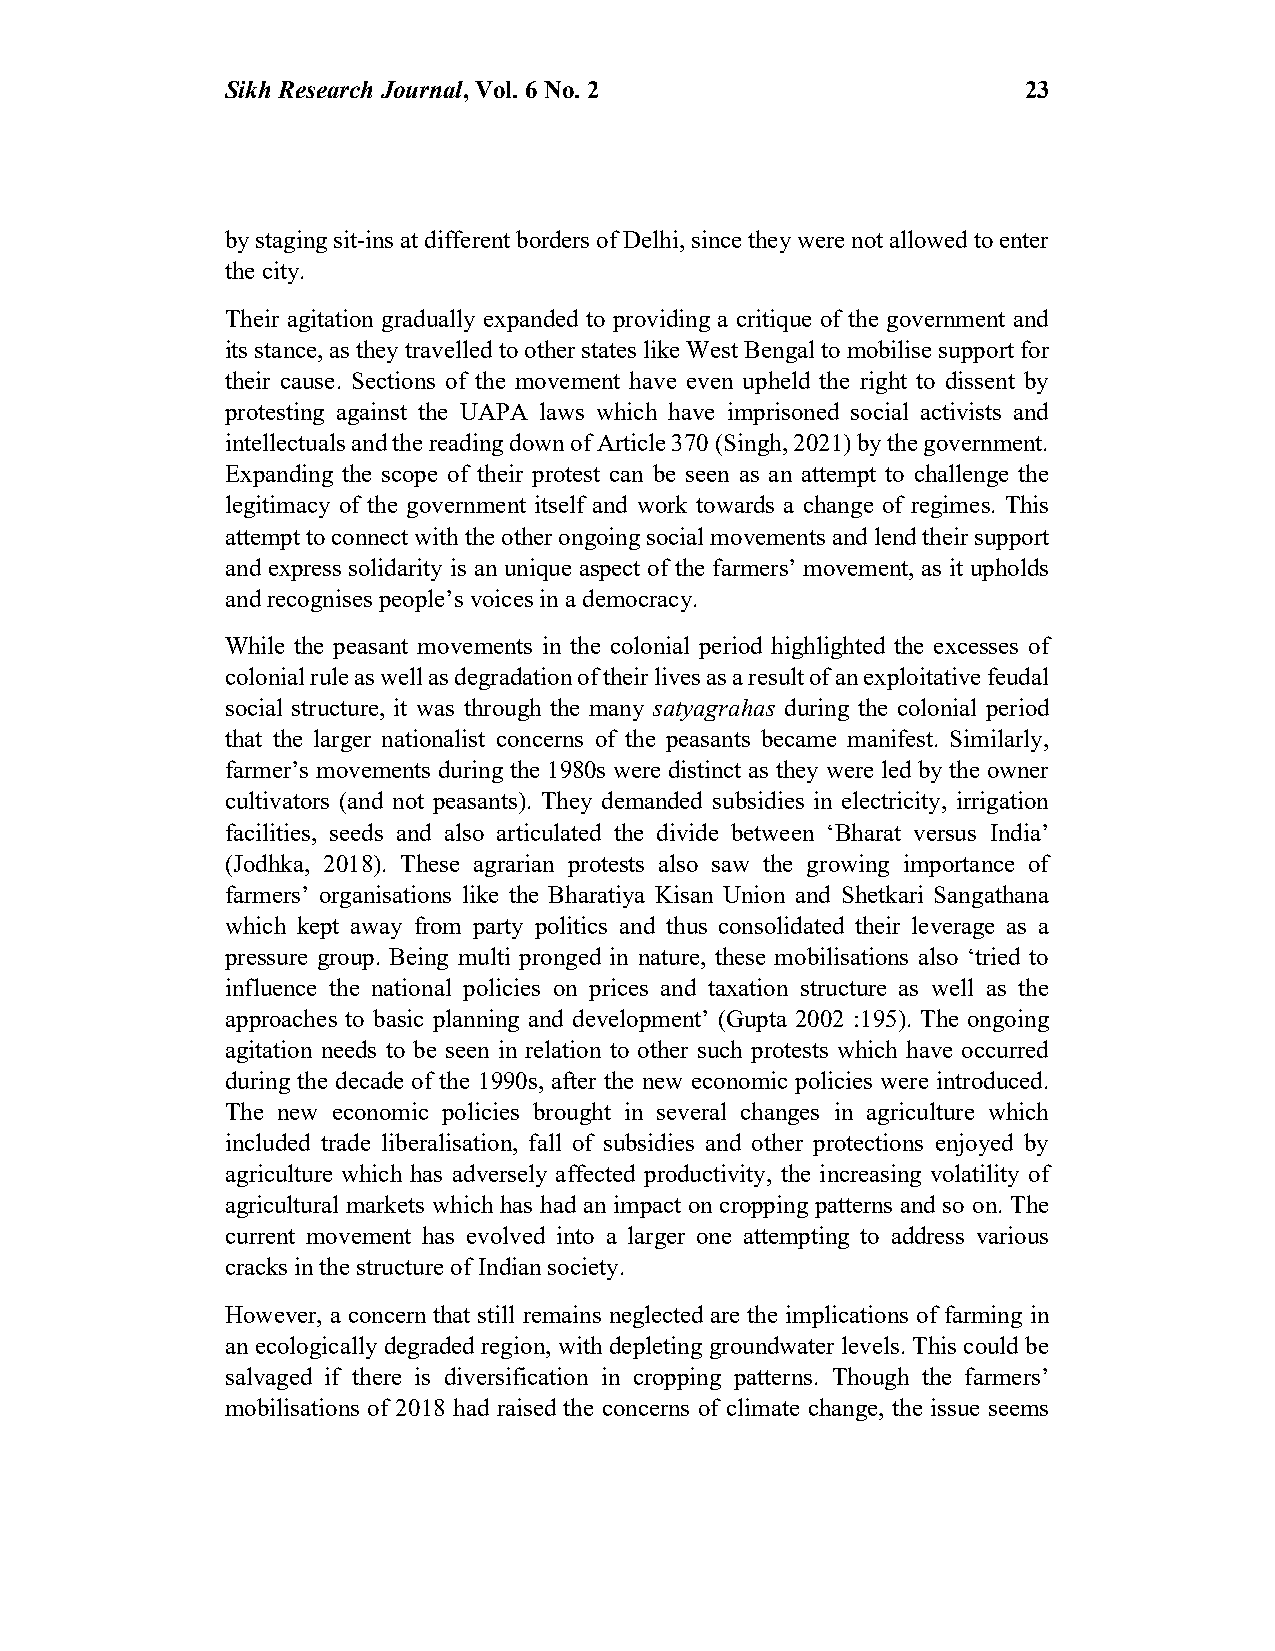
Sikh Research Journal, Vol. 6 No. 2                  23
 by staging sit-ins at different borders of Delhi, since they were not allowed to enter
 the city.
 Their agitation gradually expanded to providing a critique of the government and
 its stance, as they travelled to other states like West Bengal to mobilise support for
 their cause. Sections of the movement have even upheld the right to dissent by
 protesting against the UAPA laws which have imprisoned social activists and
 intellectuals and the reading down of Article 370 (Singh, 2021) by the government.
 Expanding the scope of their protest can be seen as an attempt to challenge the
 legitimacy of the government itself and work towards a change of regimes. This
 attempt to connect with the other ongoing social movements and lend their support
 and express solidarity is an unique aspect of the farmers’ movement, as it upholds
 and recognises people’s voices in a democracy.
 While the peasant movements in the colonial period highlighted the excesses of
 colonial rule as well as degradation of their lives as a result of an exploitative feudal
 social structure, it was through the many satyagrahas during the colonial period
 that the larger nationalist concerns of the peasants became manifest. Similarly,
 farmer’s movements during the 1980s were distinct as they were led by the owner
 cultivators (and not peasants). They demanded subsidies in electricity, irrigation
 facilities, seeds and also articulated the divide between ‘Bharat versus India’
 (Jodhka, 2018). These agrarian protests also saw the growing importance of
 farmers’ organisations like the Bharatiya Kisan Union and Shetkari Sangathana
 which kept away from party politics and thus consolidated their leverage as a
 pressure group. Being multi pronged in nature, these mobilisations also ‘tried to
 influence the national policies on prices and taxation structure as well as the
 approaches to basic planning and development’ (Gupta 2002 :195). The ongoing
 agitation needs to be seen in relation to other such protests which have occurred
 during the decade of the 1990s, after the new economic policies were introduced.
 The new economic policies brought in several changes in agriculture which
 included trade liberalisation, fall of subsidies and other protections enjoyed by
 agriculture which has adversely affected productivity, the increasing volatility of
 agricultural markets which has had an impact on cropping patterns and so on. The
 current movement has evolved into a larger one attempting to address various
 cracks in the structure of Indian society.
 However, a concern that still remains neglected are the implications of farming in
 an ecologically degraded region, with depleting groundwater levels. This could be
 salvaged if there is diversification in cropping patterns. Though the farmers’
 mobilisations of 2018 had raised the concerns of climate change, the issue seems